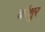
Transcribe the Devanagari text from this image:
कॉशुर